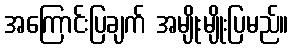
အကြောင်းပြချက် အမျိုးမျိုးပြမည်။